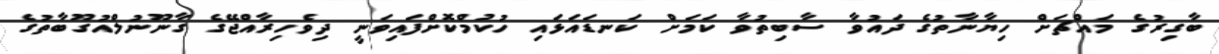
ބާގިރުގެ މައްޗަށް ހިޔާނާތުގެ ދައުވާ ސާބިތުވާ ކަމަށް ކަނޑައަޅައި ހުކުމްކޮށްފައިވަނީ ދިވެހިރާއްޖޭގެ ގާނޫނުލްއުގޫބާތުގެ